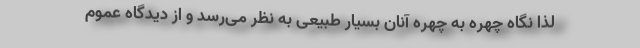
لذا نگاه چهره به چهره آنان بسیار طبیعی به نظر می‌رسد و از دیدگاه عموم